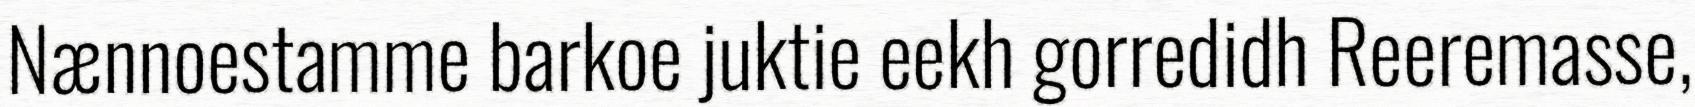
Nænnoestamme barkoe juktie eekh gorredidh Reeremasse,